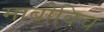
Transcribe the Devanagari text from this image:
माबोविच